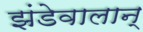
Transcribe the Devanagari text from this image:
झंडेवालान्